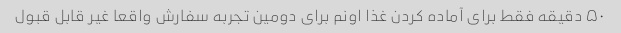
۵۰ دقیقه فقط برای آماده کردن غذا اونم برای دومین تجربه سفارش واقعا غیر قابل قبول